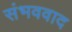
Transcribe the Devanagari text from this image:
संभववाद